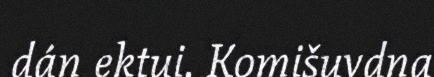
dán ektui. Komišuvdna